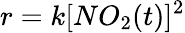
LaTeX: r=k[NO_{2}(t)]^{2}